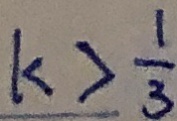
k > \frac { 1 } { 3 }